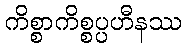
ကိစ္စာကိစ္စပ္ပဟီနဿ